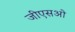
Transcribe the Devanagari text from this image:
जीएसओ